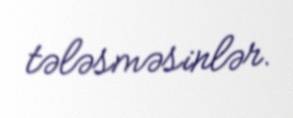
tələsməsinlər.